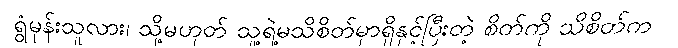
ရွံမုန်းသူလား၊ သို့မဟုတ် သူ့ရဲ့မသိစိတ်မှာရှိနှင့်ပြီးတဲ့ စိတ်ကို သိစိတ်က